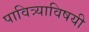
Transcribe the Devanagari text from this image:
पावित्र्याविषयी